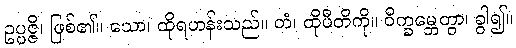
ဥပ္ပဇ္ဇိ၊ ဖြစ်၏။ သော၊ ထိုရဟန်းသည်။ တံ၊ ထိုပီတိကို။ ဝိက္ခမ္ဘေတွာ၊ ခွါ၍။